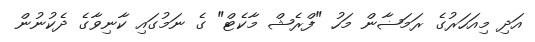
އަދި މިއަހަރުގެ ރަމަޟާން މަހު "ފްރެޝް މާކެޓް" ގެ ނަމުގައި ކާނިވާގެ ދެކުނުން